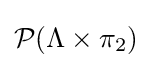
{\mathcal {P}}(\Lambda \times \pi _{2})